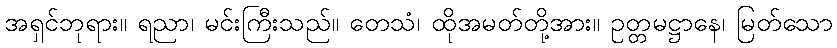
အရှင်ဘုရား။ ရညာ၊ မင်းကြီးသည်။ တေသံ၊ ထိုအမတ်တို့အား။ ဥတ္တမဋ္ဌာနေ၊ မြတ်သော